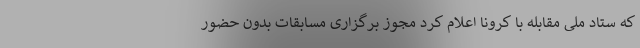
که ستاد ملی مقابله با کرونا اعلام کرد مجوز برگزاری مسابقات بدون حضور